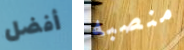
أفضل منصبه